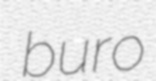
buro